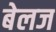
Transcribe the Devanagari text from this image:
बेलज